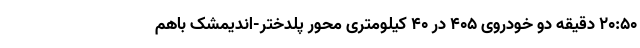
۲۰:۵۰ دقیقه دو خودروی ۴۰۵ در ۴۰ کیلومتری محور پلدختر-اندیمشک باهم